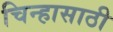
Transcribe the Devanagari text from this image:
चिन्हासाठी